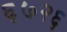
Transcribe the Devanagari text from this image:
६७२६